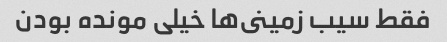
فقط سیب زمینى‌ها خیلى مونده بودن